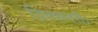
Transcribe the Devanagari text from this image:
डिक्शनरी।